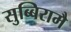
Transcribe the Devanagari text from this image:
सुब्बिरामै